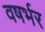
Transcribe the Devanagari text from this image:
वषर्भर